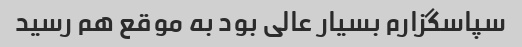
سپاسگزارم بسیار عالی بود به موقع هم رسید